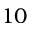
1 0